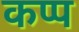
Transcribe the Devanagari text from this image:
कप्प